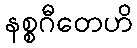
နစ္စဂီတေဟိ